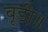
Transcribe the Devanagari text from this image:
बूडी॥